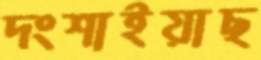
দংশাইয়াছ